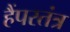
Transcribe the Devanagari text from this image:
हैंपरतंत्र